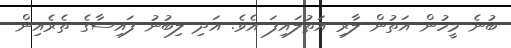
ބުނެ މީހުން އަތުން ލާރި އަތުލައިފަ އެވެ. އަދި ލިބުނު ފައިސާގެ ތެެރެއިން